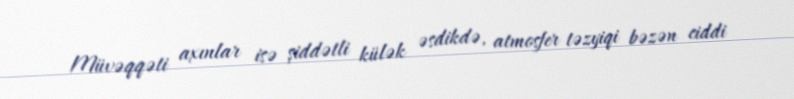
Müvəqqəti axınlar isə şiddətli külək əsdikdə, atmosfer təzyiqi bəzən ciddi